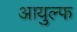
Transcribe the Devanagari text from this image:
आयुल्फ